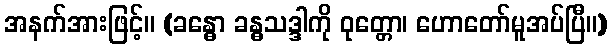
အနက်အားဖြင့်။ (ခန္ဓော ခန္ဓသဒ္ဒါကို ဝုတ္တော၊ ဟောတော်မူအပ်ပြီ။)